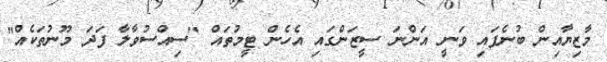
މާޒިޔާއިން ބުނެފައި ވަނީ އަންނަ ސީޒަންގައި އެހެން ޓީމުތައް "ސިއްސުވާލާ ފަދަ މޫނުތަކެއް"